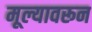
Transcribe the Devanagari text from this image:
मूल्यावरून